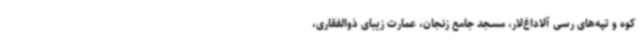
کوه و تپه‌های رسی آلاداغ‌لار، مسجد جامع زنجان، عمارت زیبای ذوالفقاری،